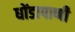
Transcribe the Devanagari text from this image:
धोंडापाणी